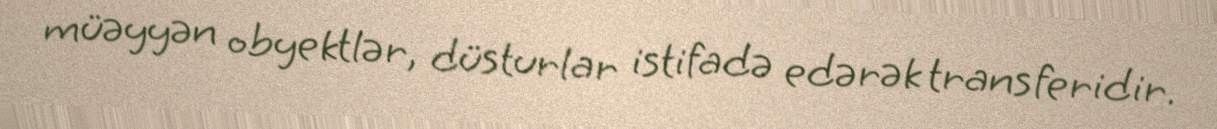
müəyyən obyektlər, düsturlar istifadə edərək transferidir.